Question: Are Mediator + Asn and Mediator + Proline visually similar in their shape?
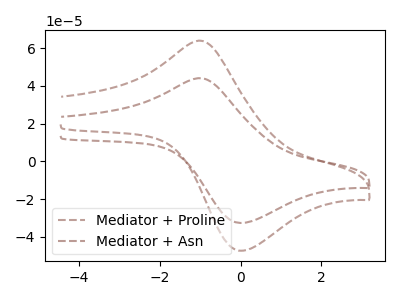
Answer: <think>The brown dashed curve "Mediator + Proline" has an anodic peak at (-1.05V, 63.90uA) and a cathodic peak at (0.05V, -47.35uA). The brown dashed curve "Mediator + Asn" has an anodic peak at (-1.05V, 44.05uA) and a cathodic peak at (0.05V, -32.60uA).
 All the peaks in "Mediator + Asn" have a peak in "Mediator + Proline" at the same potential. Every peak in "Mediator + Asn" is lower than every peak in "Mediator + Proline".</think>
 <answer>"Mediator + Asn" and "Mediator + Proline" are similar in shape.</answer>
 <eval>same_shape</eval>